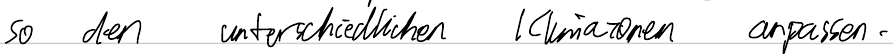
so den unterschiedlichen Klimazonen anpassen.